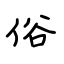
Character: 俗